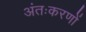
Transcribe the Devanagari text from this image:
अंतःकरणों